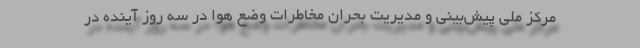
مرکز ملی پیش‌بینی و مدیریت بحران مخاطرات وضع هوا در سه روز آینده در